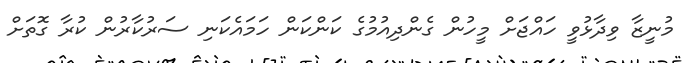
މުނީޒާ ވިދާޅުވީ ހައްޖަށް މީހުން ގެންދިއުމުގެ ކަންކަން ހަމައެކަނި ސަރުކާރުން ކުރާ ގޮތަށް